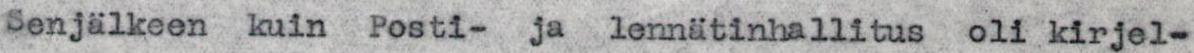
Senjälkeen kuin Posti-ja lennätinhallitus oli kirjel-